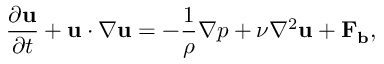
\frac { \partial { \bf u } } { \partial t } + { \bf u } \cdot \nabla { \bf u } = - \frac { 1 } { \rho } \nabla p + { \nu } { \nabla ^ { 2 } } { \bf u } + { \bf F _ { b } } ,